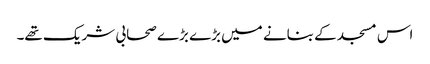
اس مسجد کے بنانے میں بڑے بڑے صحابی شریک تھے۔